system: You are a helpful assistant.
user:
Analyze the provided spectrum to determine if it is a **S-type Star**.

- **Key Indicators for S-type Star:**

    - **(Overall Spectrum Shape):** The first and most obvious characteristic is the overall continuum (the "baseline" shape). It is **extremely "red-sloping,"** meaning the flux (light intensity) is very low on the left side (blue, ~4000-4500 Å) and rises steeply and continuously toward the right side (red, ~7000 Å+).

    - **(Primary):** The spectrum is defined by the presence of strong, broad molecular absorption "valleys" (bands) from **Zirconium Oxide (ZrO)**. The identification of these bands is the **primary requirement** for classifying a star as S-type.
        - **(Key Bandheads):** You must find distinct, deep "dips" where the light has been absorbed. The most critical band systems to locate are:
            - **~6474 Å** ($\gamma$-system): This is often the strongest and clearest ZrO feature, found in the red part of the spectrum.
            - **~5718 Å** & **~5551 Å** ($\beta$-system): A pair of prominent absorption features in the yellow-orange part of the spectrum.
            - **~4640 Å** ($\alpha$-system): A key absorption band system in the blue-green region of the spectrum.

    - **(Secondary Confirmation):** The classification is strengthened by finding additional absorption bands from other related heavy element oxides, which are expected to be present alongside ZrO.
        - **(Key Bandheads):**
            - **Yttrium Oxide (YO):** Look for absorption dips near **~4800 Å** and **~6100 Å**.
            - **Lanthanum Oxide (LaO):** Additional absorption features, particularly in the red-orange part of the spectrum, are also characteristic.

    - **(Line Profile):** The combination of the steep red continuum and these numerous, deep molecular bands (ZrO, YO, etc.) gives the entire spectrum a very **"chopped-up"** or **"bumpy"** appearance. Instead of a smooth curve, the spectrum looks as though large, wide chunks of light have been "carved out" of it at the specific wavelengths listed above.

Think first, call **spectral_visualization_tool** if needed to examine features in detail, then provide your final answer. Your response must adhere to the following strict rules:
1.  **Overall Structure:** Your response must follow the format `<think>...</think> <tool_call>...</tool_call> (if a tool is used) <answer>...</answer>`.
2.  **Tool Usage Constraint:** You may only make **one** tool call per turn.
3.  **Final Answer Format:** In the `<answer>` tag, your conclusion must be inside a `\boxed{}` command (e.g., `\boxed{YES}` or `\boxed{NO}`), followed by your justification.

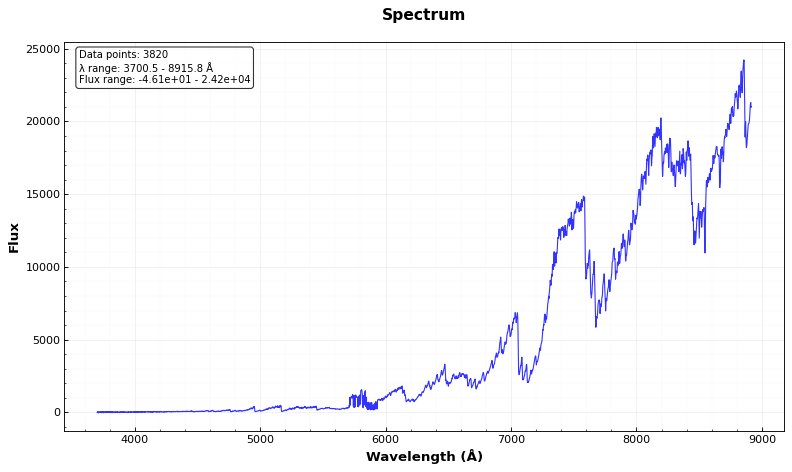
Answer: YES